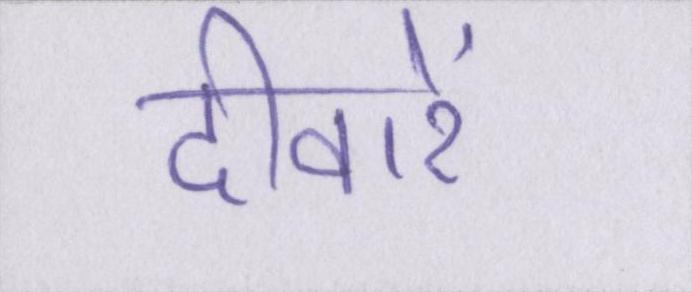
दीवारें